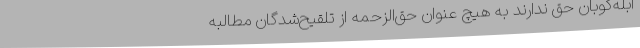
آبله‌کوبان حق ندارند به هیچ عنوان حق‌الزحمه از تلقیح‌شدگان مطالبه